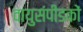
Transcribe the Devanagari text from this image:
वायुसंपीडकों